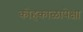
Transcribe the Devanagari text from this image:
कोहकाळापेक्षा